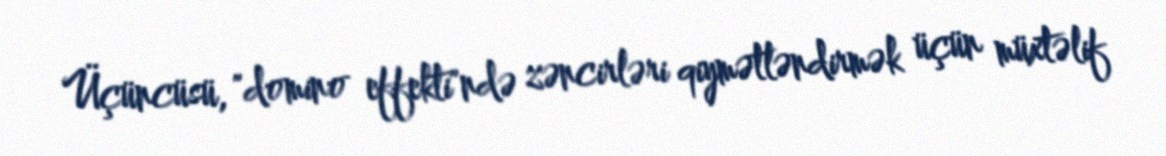
Üçüncüsü, "domino effekti"ndə zəncirləri qiymətləndirmək üçün müxtəlif